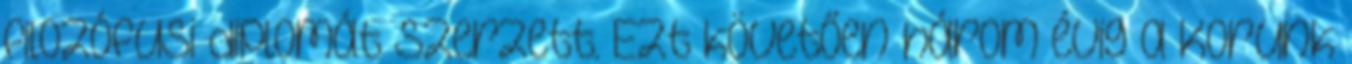
filozófusi diplomát szerzett. Ezt követően három évig a Korunk